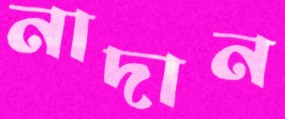
নাদান